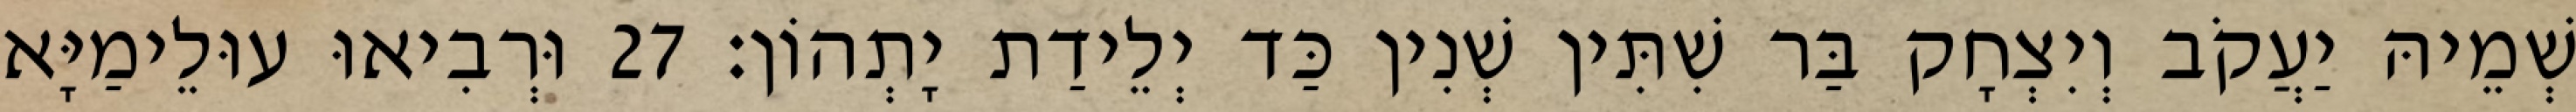
שְׁמֵיהּ יַעֲקֹב וְיִצְחָק בַּר שִׁתִּין שְׁנִין כַּד יְלֵידַת יָתְהוֹן׃ 27 וּרְבִיאוּ עוּלֵימַיָּא